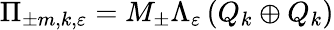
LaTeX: \Pi_{\pm m,k,\varepsilon}=M_{\pm}\Lambda_{\varepsilon}\left(Q_{k}\oplus Q_{k}\right)